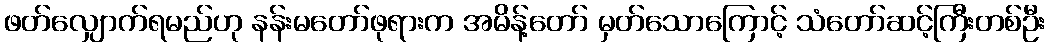
ဖတ်လျှောက်ရမည်ဟု နန်းမတော်ဖုရားက အမိန့်တော် မှတ်သောကြောင့် သံတော်ဆင့်ကြီးတစ်ဦး